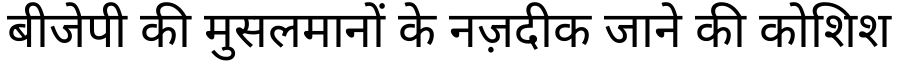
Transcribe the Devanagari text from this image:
बीजेपी की मुसलमानों के नज़दीक जाने की कोशिश